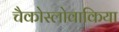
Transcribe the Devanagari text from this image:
चैकोस्लोवाकिया